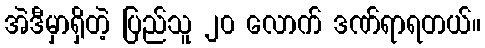
အဲဒီမှာရှိတဲ့ ပြည်သူ ၂၀ လောက် ဒဏ်ရာရတယ်။